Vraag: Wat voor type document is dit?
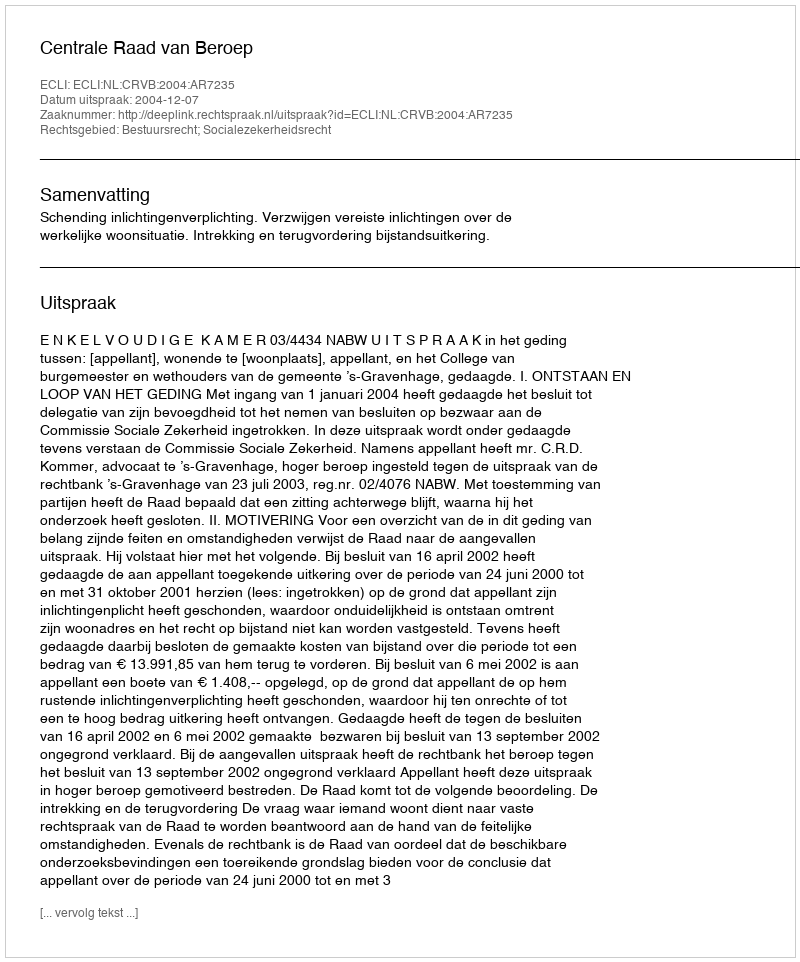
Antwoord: Uitspraak